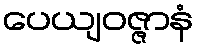
ပေယျဝဇ္ဇာနံ